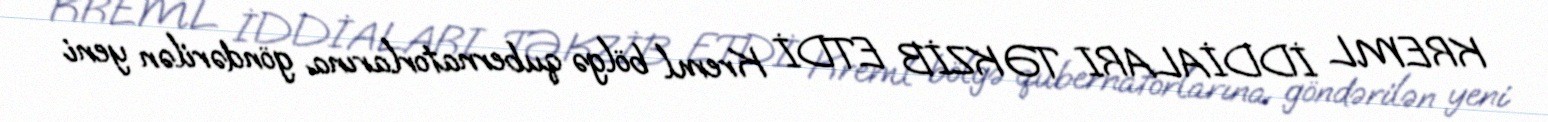
KREML İDDİALARI TƏKZİB ETDİ Kreml bölgə qubernatorlarına göndərilən yeni